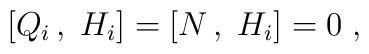
[Q_i \, , \; H_i] = [N \, , \; H_i]= 0 \; ,